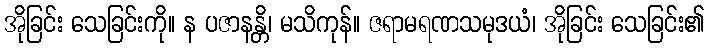
အိုခြင်း သေခြင်းကို။ န ပဇာနန္တိ၊ မသိကုန်။ ဇရာမရဏသမုဒယံ၊ အိုခြင်း သေခြင်း၏